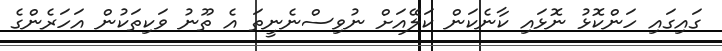
ގައިގައި ހަންކޮޅު ނޮޅައި ކާނެކަން ކަލޭއަށް ނުވިސްނެނީތަ އެ ތޫނު ވަކިތަކުން އަހަރެންގެ